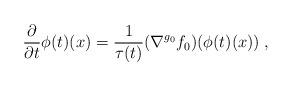
LaTeX: \begin{align*}\frac{\partial}{\partial t}\phi(t)(x)=\frac{1}{\tau(t)}(\nabla^{g_0}f_0)(\phi(t)(x))\;,\end{align*}